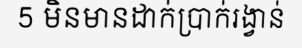
5 មិនមានដាក់ប្រាក់រង្វាន់